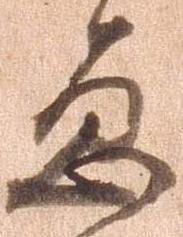
急